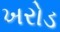
ખરોડ